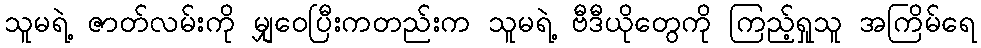
သူမရဲ့ ဇာတ်လမ်းကို မျှဝေပြီးကတည်းက သူမရဲ့ ဗီဒီယိုတွေကို ကြည့်ရှုသူ အကြိမ်ရေ